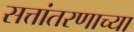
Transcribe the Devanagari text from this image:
सत्तांतरणाच्या